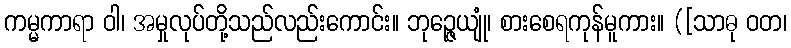
ကမ္မကာရာ ဝါ၊ အမှုလုပ်တို့သည်လည်းကောင်း။ ဘုဉ္ဇေယျုံ၊ စားစေရကုန်မူကား။ ([သာဓု ဝတ၊